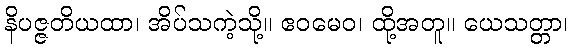
နိပဇ္ဇတိယထာ၊ အိပ်သကဲ့သို့။ ဧဝမေဝ၊ ထို့အတူ။ ယေသတ္တာ၊